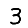
Digit: 3